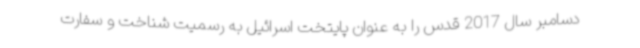
دسامبر سال 2017 قدس را به عنوان پایتخت اسرائیل به رسمیت شناخت و سفارت